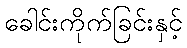
ခေါင်းကိုက်ခြင်းနှင့်